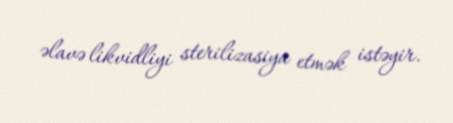
əlavə likvidliyi sterilizasiya etmək istəyir.